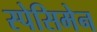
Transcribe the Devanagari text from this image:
स्पेसिमेन